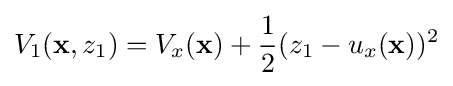
V_{1}(\mathbf {x} ,z_{1})=V_{x}(\mathbf {x} )+{\frac {1}{2}}(z_{1}-u_{x}(\mathbf {x} ))^{2}